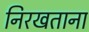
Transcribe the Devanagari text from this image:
निरखताना